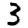
Digit: 3